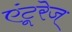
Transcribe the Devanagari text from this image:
एंटूरेज